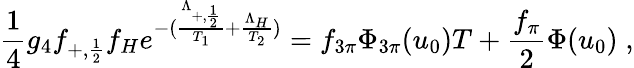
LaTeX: {\frac{1}{4}}g_{4}f_{+,{\frac{1}{2}}}f_{H}e^{-({\frac{\Lambda_{+,{\frac{1}{2}}}}{T_{1}}}+{\frac{\Lambda_{H}}{T_{2}}})}=f_{3\pi}\Phi_{3\pi}(u_{0})T+{\frac{f_{\pi}}{2}}\Phi(u_{0})\; ,